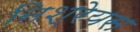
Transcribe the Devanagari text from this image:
निश्रेयस